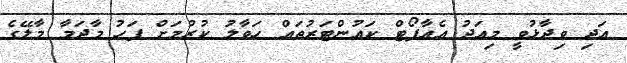
އަދި ވިދާޅުވީ މިއަދު އެއާޕޯޓް ކައުންޓަރުތައް ހަވާލު ކުރުމަށް ފަހު މާދަމާ މާލޭގެ